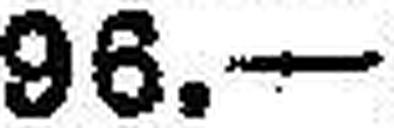
96.—